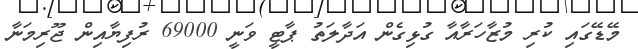
މޭޑޭގައި ކުރި މުޒާހަރާއާ ގުޅިގެން އަދާލަތު ޕާޓީ ވަނީ 69000 ރުފިޔާއިން ޖޫރިމަނާ